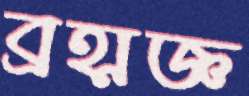
ব্রহ্মজ্ঞ